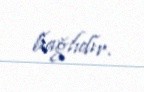
bağlıdır.